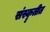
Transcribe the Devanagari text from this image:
संस्कॄतीत